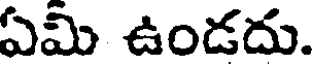
ఏమి ఉండదు.